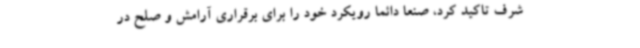
شرف تاکید کرد، صنعا دائما رویکرد خود را برای برقراری آرامش و صلح در